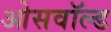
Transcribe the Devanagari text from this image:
ओसवॉल्ड